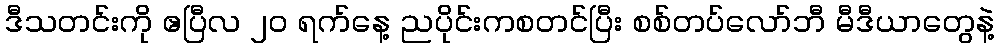
ဒီသတင်းကို ဧပြီလ ၂၀ ရက်နေ့ ညပိုင်းကစတင်ပြီး စစ်တပ်လော်ဘီ မီဒီယာတွေနဲ့